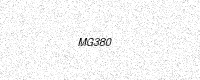
Text: MG380